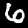
Label: 6